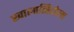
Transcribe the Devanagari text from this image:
खालासिटोला